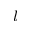
_ l